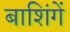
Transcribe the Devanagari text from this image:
बाशिंगें